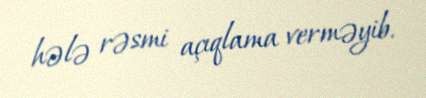
hələ rəsmi açıqlama verməyib.